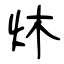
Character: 炑